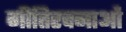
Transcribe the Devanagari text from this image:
गीतिरचनाओं